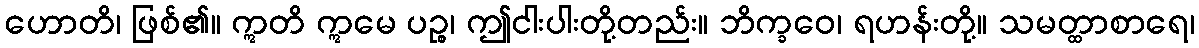
ဟောတိ၊ ဖြစ်၏။ ဣတိ ဣမေ ပဉ္စ၊ ဤငါးပါးတို့တည်း။ ဘိက္ခဝေ၊ ရဟန်းတို့။ သမတ္ထာစာရေ၊